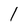
Character: l